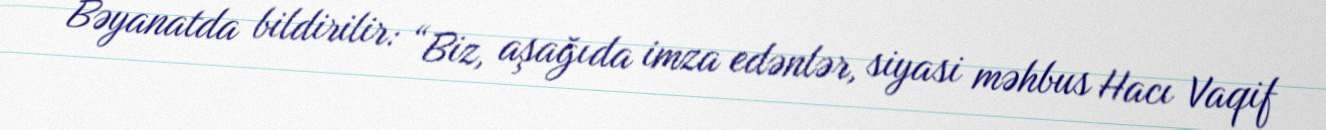
Bəyanatda bildirilir: “Biz, aşağıda imza edənlər, siyasi məhbus Hacı Vaqif